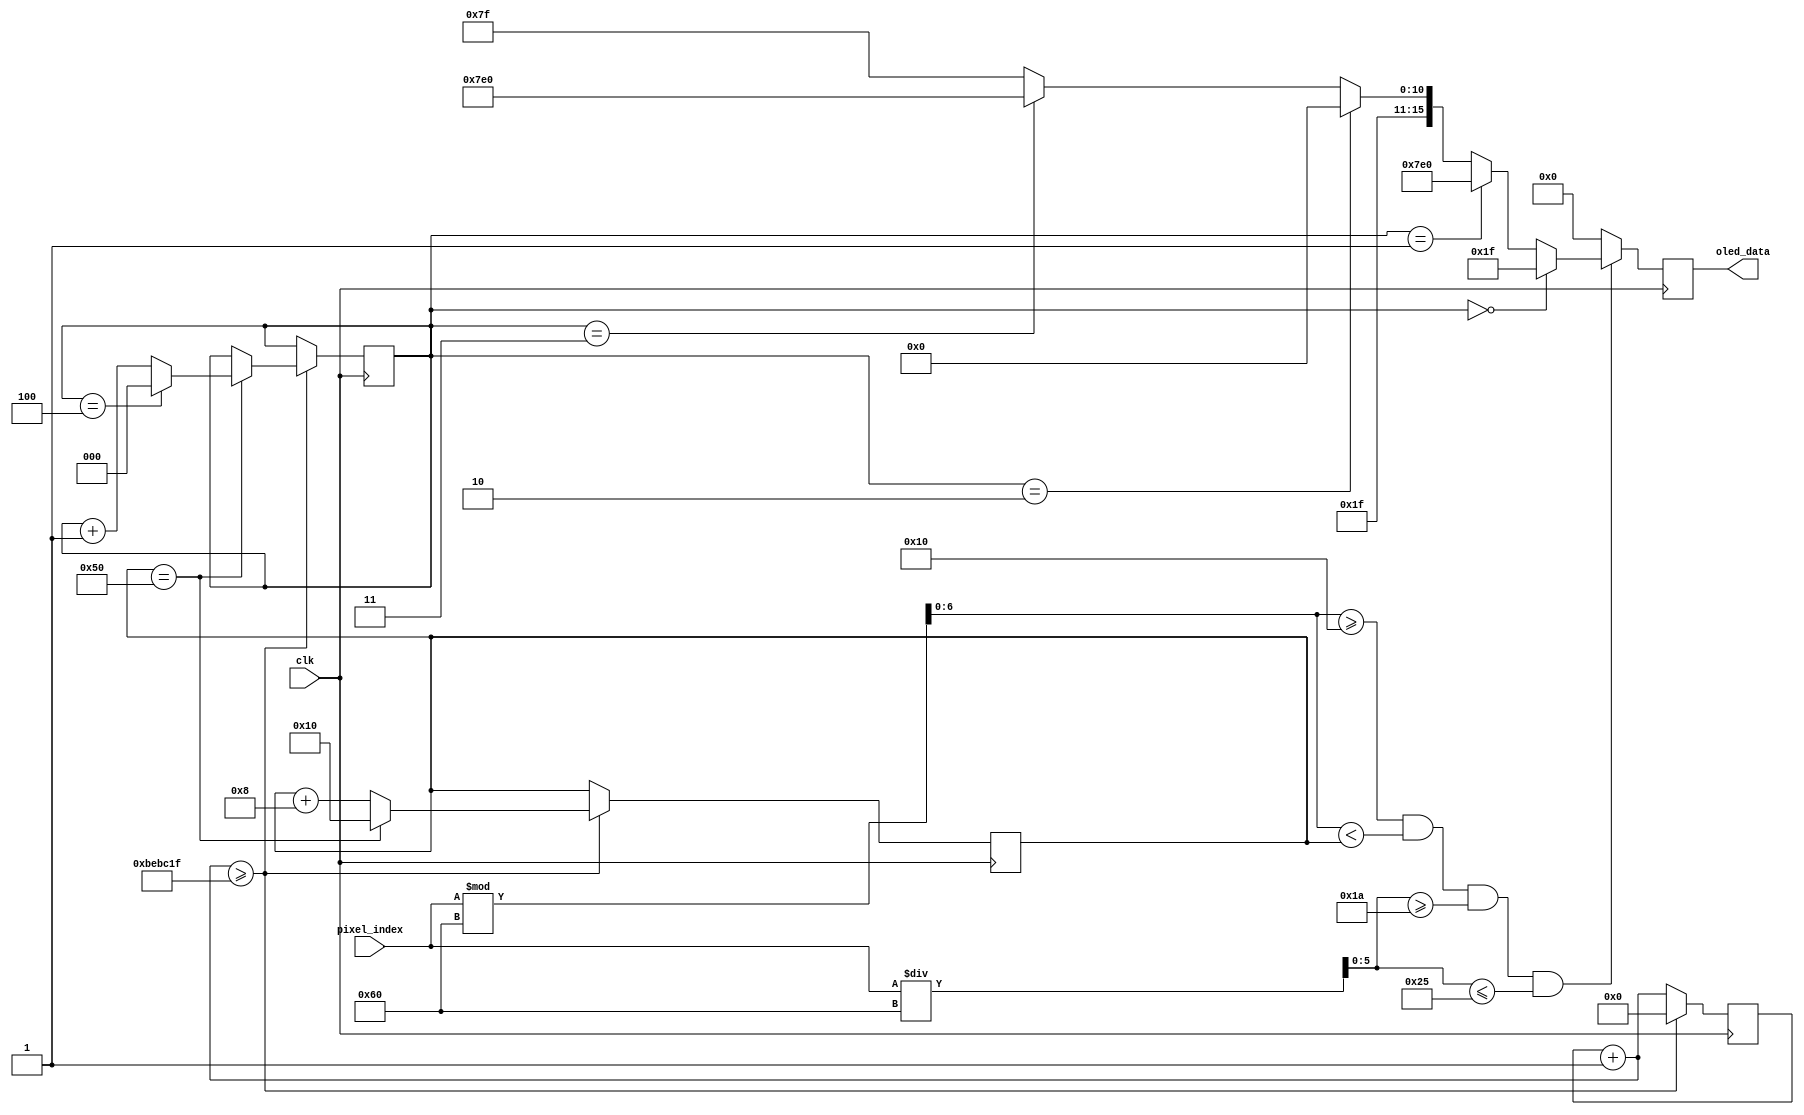
`timescale 1ns / 1ps
//////////////////////////////////////////////////////////////////////////////////
// Company: 
// Engineer: 
// 
// Design Name: 
// Module Name: taskEAnimation
// Project Name: 
// Target Devices: 
// Tool Versions: 
// Description: 
// 
// Dependencies: 
// 
// Revision:
// Revision 0.01 - File Created
// Additional Comments:
// 
//////////////////////////////////////////////////////////////////////////////////


module taskEAnimation(
    input clk,
    input [12:0] pixel_index,
    output [15:0] oled_data
);
    reg [15:0] data;
    wire [6:0] x;
    wire [5:0] y;
    assign x = pixel_index % 96;
    assign y = pixel_index / 96; 
    assign oled_data = data;
    reg [31:0] count = 0;  
    reg [2:0] colour = 0; //0 for green, 1 for red, 2 for blue, 3 for yellow, 4 for purple 
    reg [31:0] xindex = 16;

    always @ (posedge clk)
    begin
        count = count + 1;
        if(count >= 12499999)
            begin
                count = 0;
                xindex <= (xindex == 80) ?16 : xindex + 8;
                colour <= (xindex == 80) ? ((colour == 4) ? 0 : colour + 1) : colour;
            end
        if((x>=16)&&(x<xindex)&&(y>=26)&&(y<=37))
            begin
                if(colour == 0)
                begin
                data = 16'h001F;
                end
                else if(colour == 1)
                begin
                data = 16'h07E0;
                end
                else if (colour == 2)
                begin
                data = 16'hF800;
                end  
                else if (colour == 3)
                begin
                data = 16'hFFE0;
                end  
                else 
                begin
                data = 16'hF87F;
                end                                       
            end
        else
            begin
                data = 16'h0000;
            end
    end
      
endmodule